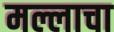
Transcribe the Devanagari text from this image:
मल्लाचा